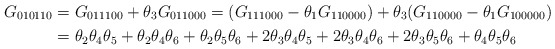
\begin{align*}G_{010110} &= G_{011100} + \theta_3 G_{011000} = (G_{111000} - \theta_1 G_{110000})+ \theta_3(G_{110000} - \theta_1 G_{100000})\\&= \theta_2 \theta_4 \theta_5 + \theta_2 \theta_4 \theta_6 + \theta_2 \theta_5 \theta_6+ 2 \theta_3 \theta_4 \theta_5 + 2 \theta_3 \theta_4 \theta_6 + 2 \theta_3 \theta_5 \theta_6+ \theta_4 \theta_5 \theta_6\end{align*}